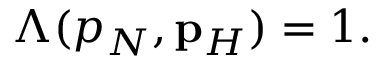
\begin{array} { r } { \Lambda ( p _ { N } , { \bf p } _ { H } ) = 1 . } \end{array}